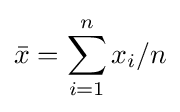
{\bar {x}}=\sum _{i=1}^{n}x_{i}/n